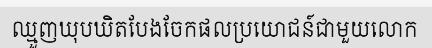
ឈ្មួញឃុបឃិតបែងចែកផលប្រយោជន៍ជាមួយលោក